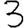
Digit: 3